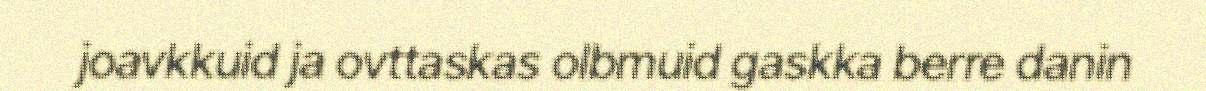
joavkkuid ja ovttaskas olbmuid gaskka berre danin